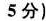
5 分)